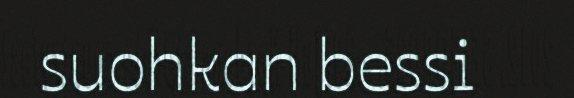
suohkan bessi